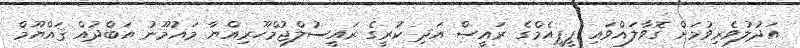
އަދުލުވެރިވުމަށް ގޮވާލައްވައި ޕީޕީއެމްގެ ރައީސް އަދި ކުރީގެ ރައީސުލްޖުމްހޫރިއްޔާ މައުމޫނު އަބްދުއް ޤައްޔޫމް